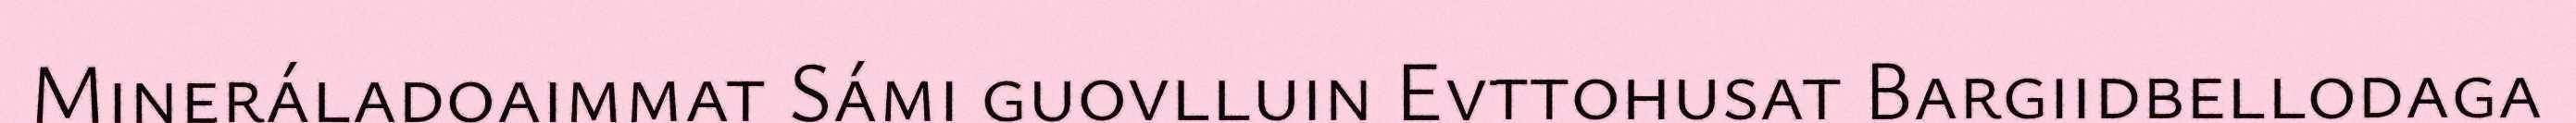
Mineráladoaimmat Sámi guovlluin Evttohusat Bargiidbellodaga